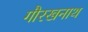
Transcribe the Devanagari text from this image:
गौरखनाथ